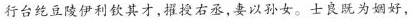
行台纥豆陵伊利钦其才，擢授右丞，妻以孙女。士良既为姻好，